Annual report on the Civil Veterinary Department, Burma (including the Insein Veterinary School) - 1932-1941
Year: 1932
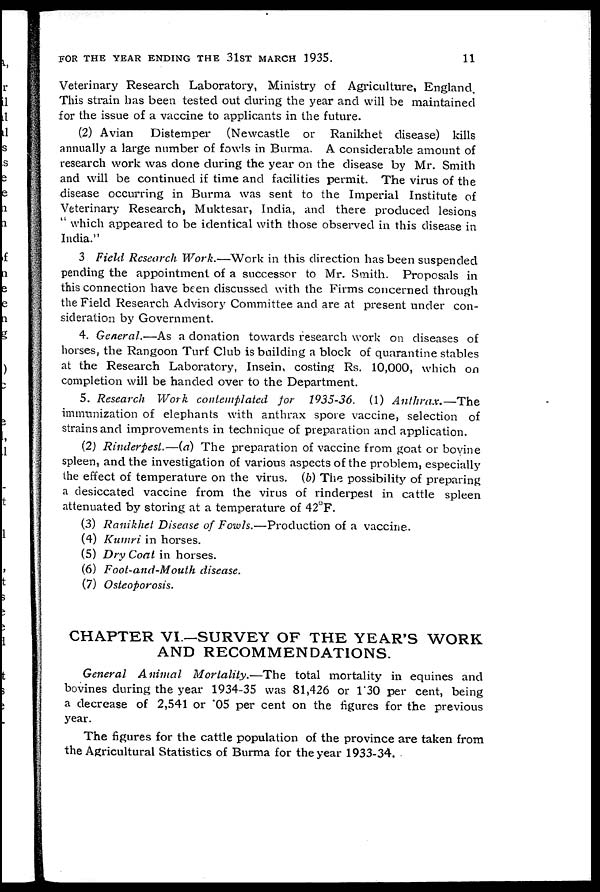
FOR THE YEAR ENDING THE 31ST MARCH 1935.
11
Veterinary Research Laboratory, Ministry of Agriculture, England.
This strain has been tested out during the year and will be maintained
for the issue of a vaccine to applicants in the future.
(2) Avian
Distemper
(Newcastle or Ranikhet disease) kills
annually a large number of fowls in Burma. A considerable amount of
research work was done during the year on the disease by Mr. Smith
and will be continued if time and facilities permit. The virus of the
disease occurring in Burma was sent to the Imperial Institute of
Veterinary Research, Muktesar, India, and there produced lesions
" which appeared to be identical with those observed in this disease in
India."
3 Field Research Work.—Work
in this direction has been suspended
pending the appointment of a successor to Mr. Smith. Proposals in
this connection have been discussed with the Firms concerned through
the Field Research Advisory Committee and are at present under con-
sideration by Government.
4. General.—As a donation towards research work on diseases of
horses, the Rangoon Turf Club is building a block of quarantine stables
at the Research Laboratory, Insein, costing Rs. 10,000, which on
completion will be handed over to the Department.
5. Research Work contemplated
for
1935-36.
(1)
Anthrax.—The
immunization of elephants with anthrax spore vaccine, selection of
strains and improvements in technique of preparation and application.
(2) Rinderpest.—(a)
The preparation of vaccine from goat or bovine
spleen, and the investigation of various aspects of the problem, especially
the effect of temperature on the virus. (6) The possibility of preparing
a desiccated vaccine from the virus of rinderpest in cattle spleen
attenuated by storing at a temperature of 42°F.
(3) Ranikhet Disease of Fowls.—Production
of a vaccine.
(4) Kumri in horses.
(5) Dry Coat in horses.
(6) Foot-and-Mouth
disease.
(7) Osteoporosis.
CHAPTER VI.—SURVEY OF THE YEAR'S WORK
AND RECOMMENDATIONS.
General Animal
Mortality.—The
total mortality in equines and
bovines during the year 1934-35 was 81,426 or 1.30 per cent, being
a decrease of 2,541 or .05 per cent on the figures for the previous
year.
The figures for the cattle population of the province are taken from
the Agricultural Statistics of Burma for the year 1933-34.